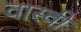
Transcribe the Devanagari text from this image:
वास्वी